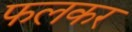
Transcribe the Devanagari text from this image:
फलकर